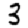
Digit: 3